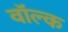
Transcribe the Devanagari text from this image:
वॉल्क